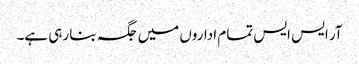
آر ایس ایس تمام اداروں میں جگہ بنا رہی ہے۔